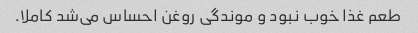
طعم غذا خوب نبود و موندگی روغن احساس می‌شد کاملا.